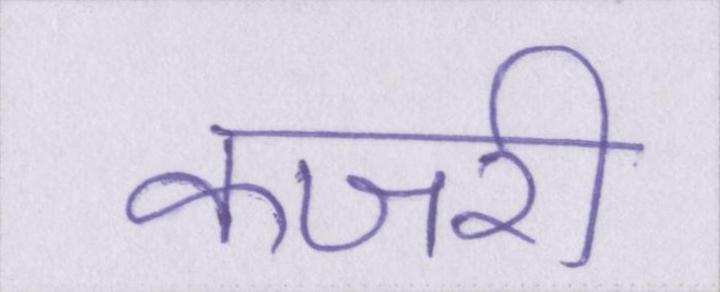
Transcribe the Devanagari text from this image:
कजरी